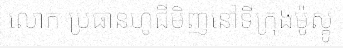
លោក ប្រធានហូជីមិញនៅទីក្រុងម៉ូស្គូ